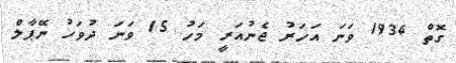
ގޮތް 1934 ވަނަ އަހަރު ޖެނުއަރީ މަހު 15 ވަނަ ދުވަހު ނޭޕާލް